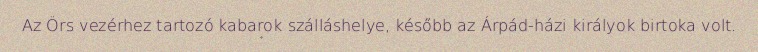
Az Örs vezérhez tartozó kabarok szálláshelye, később az Árpád-házi királyok birtoka volt.